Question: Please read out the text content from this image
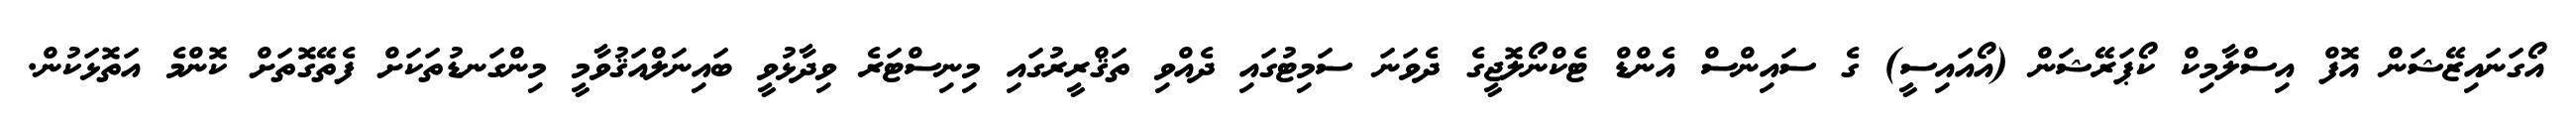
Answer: އޯގަނައިޒޭޝަން އޮފް އިސްލާމިކް ކޯޕަރޭޝަން (އޯއައިސީ) ގެ ސައިންސް އެންޑް ޓެކްނޯލޮޖީގެ ދެވަނަ ސަމިޓުގައި ދެއްވި ތަޤްރީރުގައި މިނިސްޓަރެ ވިދާޅުވީ ބައިނަލްއަޤުވާމީ މިންގަނޑުތަކަށް ފެތޭގޮތަށް ކޮންމެ އަތޮޅަކުން.